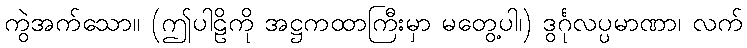
ကွဲအက်သော။ (ဤပါဠိကို အဋ္ဌကထာကြီးမှာ မတွေ့ပါ၊) ဒွင်္ဂုလပ္ပမာဏာ၊ လက်